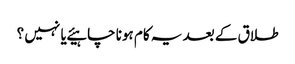
طلاق کے بعد یہ کام ہونا چاہیئے یا نہیں ؟